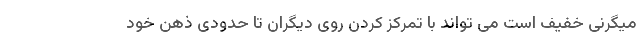
میگرنی خفیف است می تواند با تمرکز کردن روی دیگران تا حدودی ذهن خود